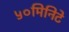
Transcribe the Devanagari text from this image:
५०मिनिटे